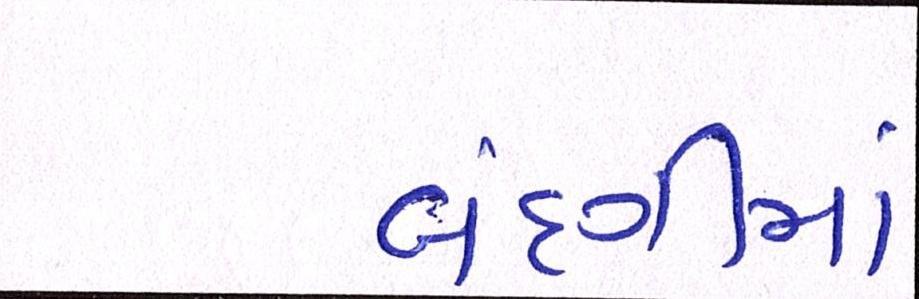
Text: બંદગીમાં